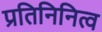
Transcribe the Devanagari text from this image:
प्रतिनिनित्व